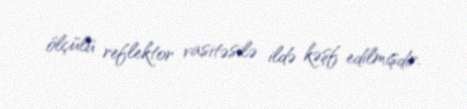
ölçülü reflektor vasitəsilə ildə kəşf edilmişdir.